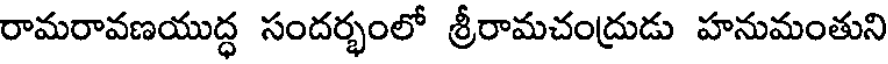
రామరావణయుద్ధ సందర్భంలో శ్రీరామచంద్రుడు హనుమంతుని